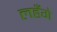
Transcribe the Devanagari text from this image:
लहँगे